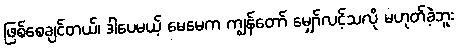
ဖြစ်စေချင်တယ်၊ ဒါပေမယ့် မေမေက ကျွန်တော် မျှော်လင့်သလို မဟုတ်ခဲ့ဘူး